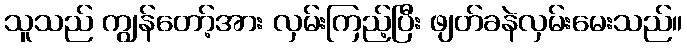
သူသည် ကျွန်တော့်အား လှမ်းကြည့်ပြီး ဖျတ်ခနဲလှမ်းမေးသည်။